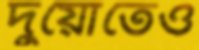
দুয়োতেও